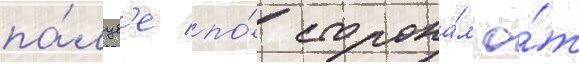
па́луб'е по́ сторона́м о́т